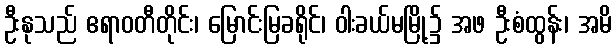
ဦးနုသည် ဧရာဝတီတိုင်း၊ မြောင်းမြခရိုင်၊ ဝါးခယ်မမြို့၌ အဖ ဦးစံထွန်း၊ အမိ